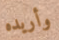
وأريده